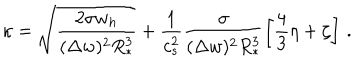
\kappa = \sqrt { \frac { 2 \sigma w _ { h } } { ( \Delta w ) ^ { 2 } R _ { * } ^ { 3 } } } + \frac { 1 } { c _ { s } ^ { 2 } } \frac { \sigma } { ( \Delta w ) ^ { 2 } R _ { * } ^ { 3 } } \left[ \frac { 4 } { 3 } \eta + \zeta \right] \, .